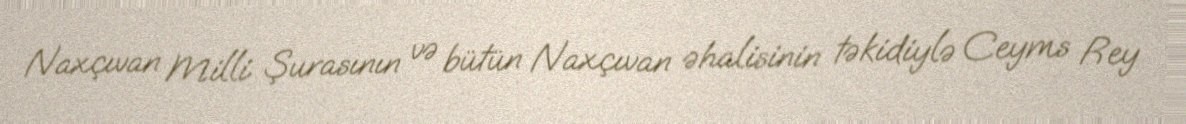
Naxçıvan Milli Şurasının və bütün Naxçıvan əhalisinin təkidiylə Ceyms Rey